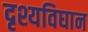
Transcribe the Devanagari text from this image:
दृश्यविघान